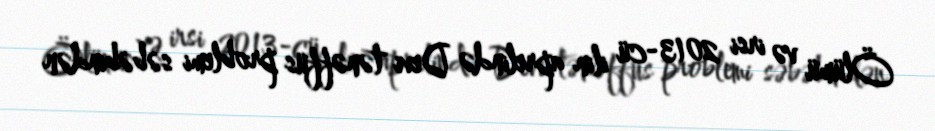
Ölümü və irsi 2013-cü ilin aprelində Devi tənəffüs problemi səbəbindən